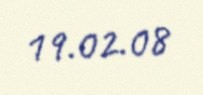
19.02.08